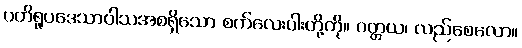
ပတိရူပဒေသာဝါသအစရှိသော စက်လေးပါးတို့ကို။ ဝတ္တယ၊ လည်စေလော။